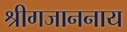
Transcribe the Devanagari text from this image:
श्रीगजाननाय